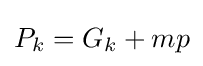
{\textstyle P_{k}=G_{k}+mp}